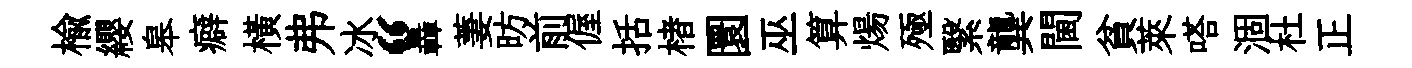
榆纓皋癖橫弗冰“轟萋昉前偓括楮圜巫算煬殛繄龔閫貧萊嗒涸杜正